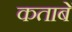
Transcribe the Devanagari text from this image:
कताबें